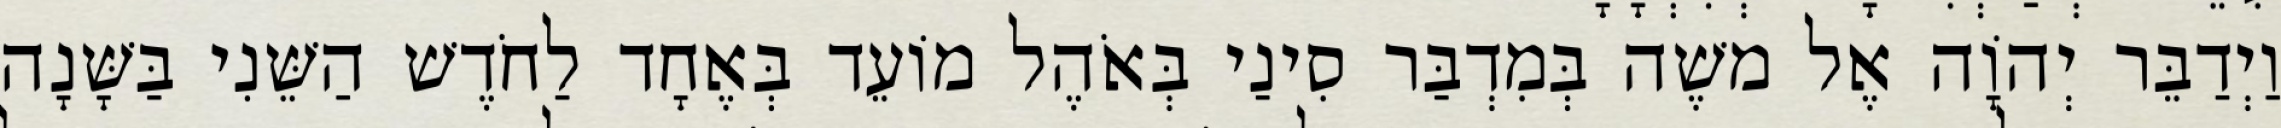
וַיְדַבֵּר יְהוָֹה אֶל משֶׁה בְּמִדְבַּר סִינַי בְּאֹהֶל מוֹעֵד בְּאֶחָד לַחֹדֶשׁ הַשֵּׁנִי בַּשָּׁנָה